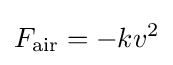
F_{\mathrm {air} }=-kv^{2}